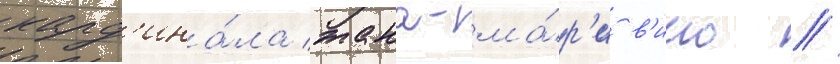
кард'ина́ла жана-ма́р'и в'иио //